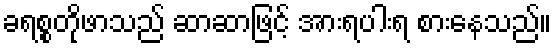
ခရစ္စတိုဖာသည် ဆာဆာဖြင့် အားရပါးရ စားနေသည်။